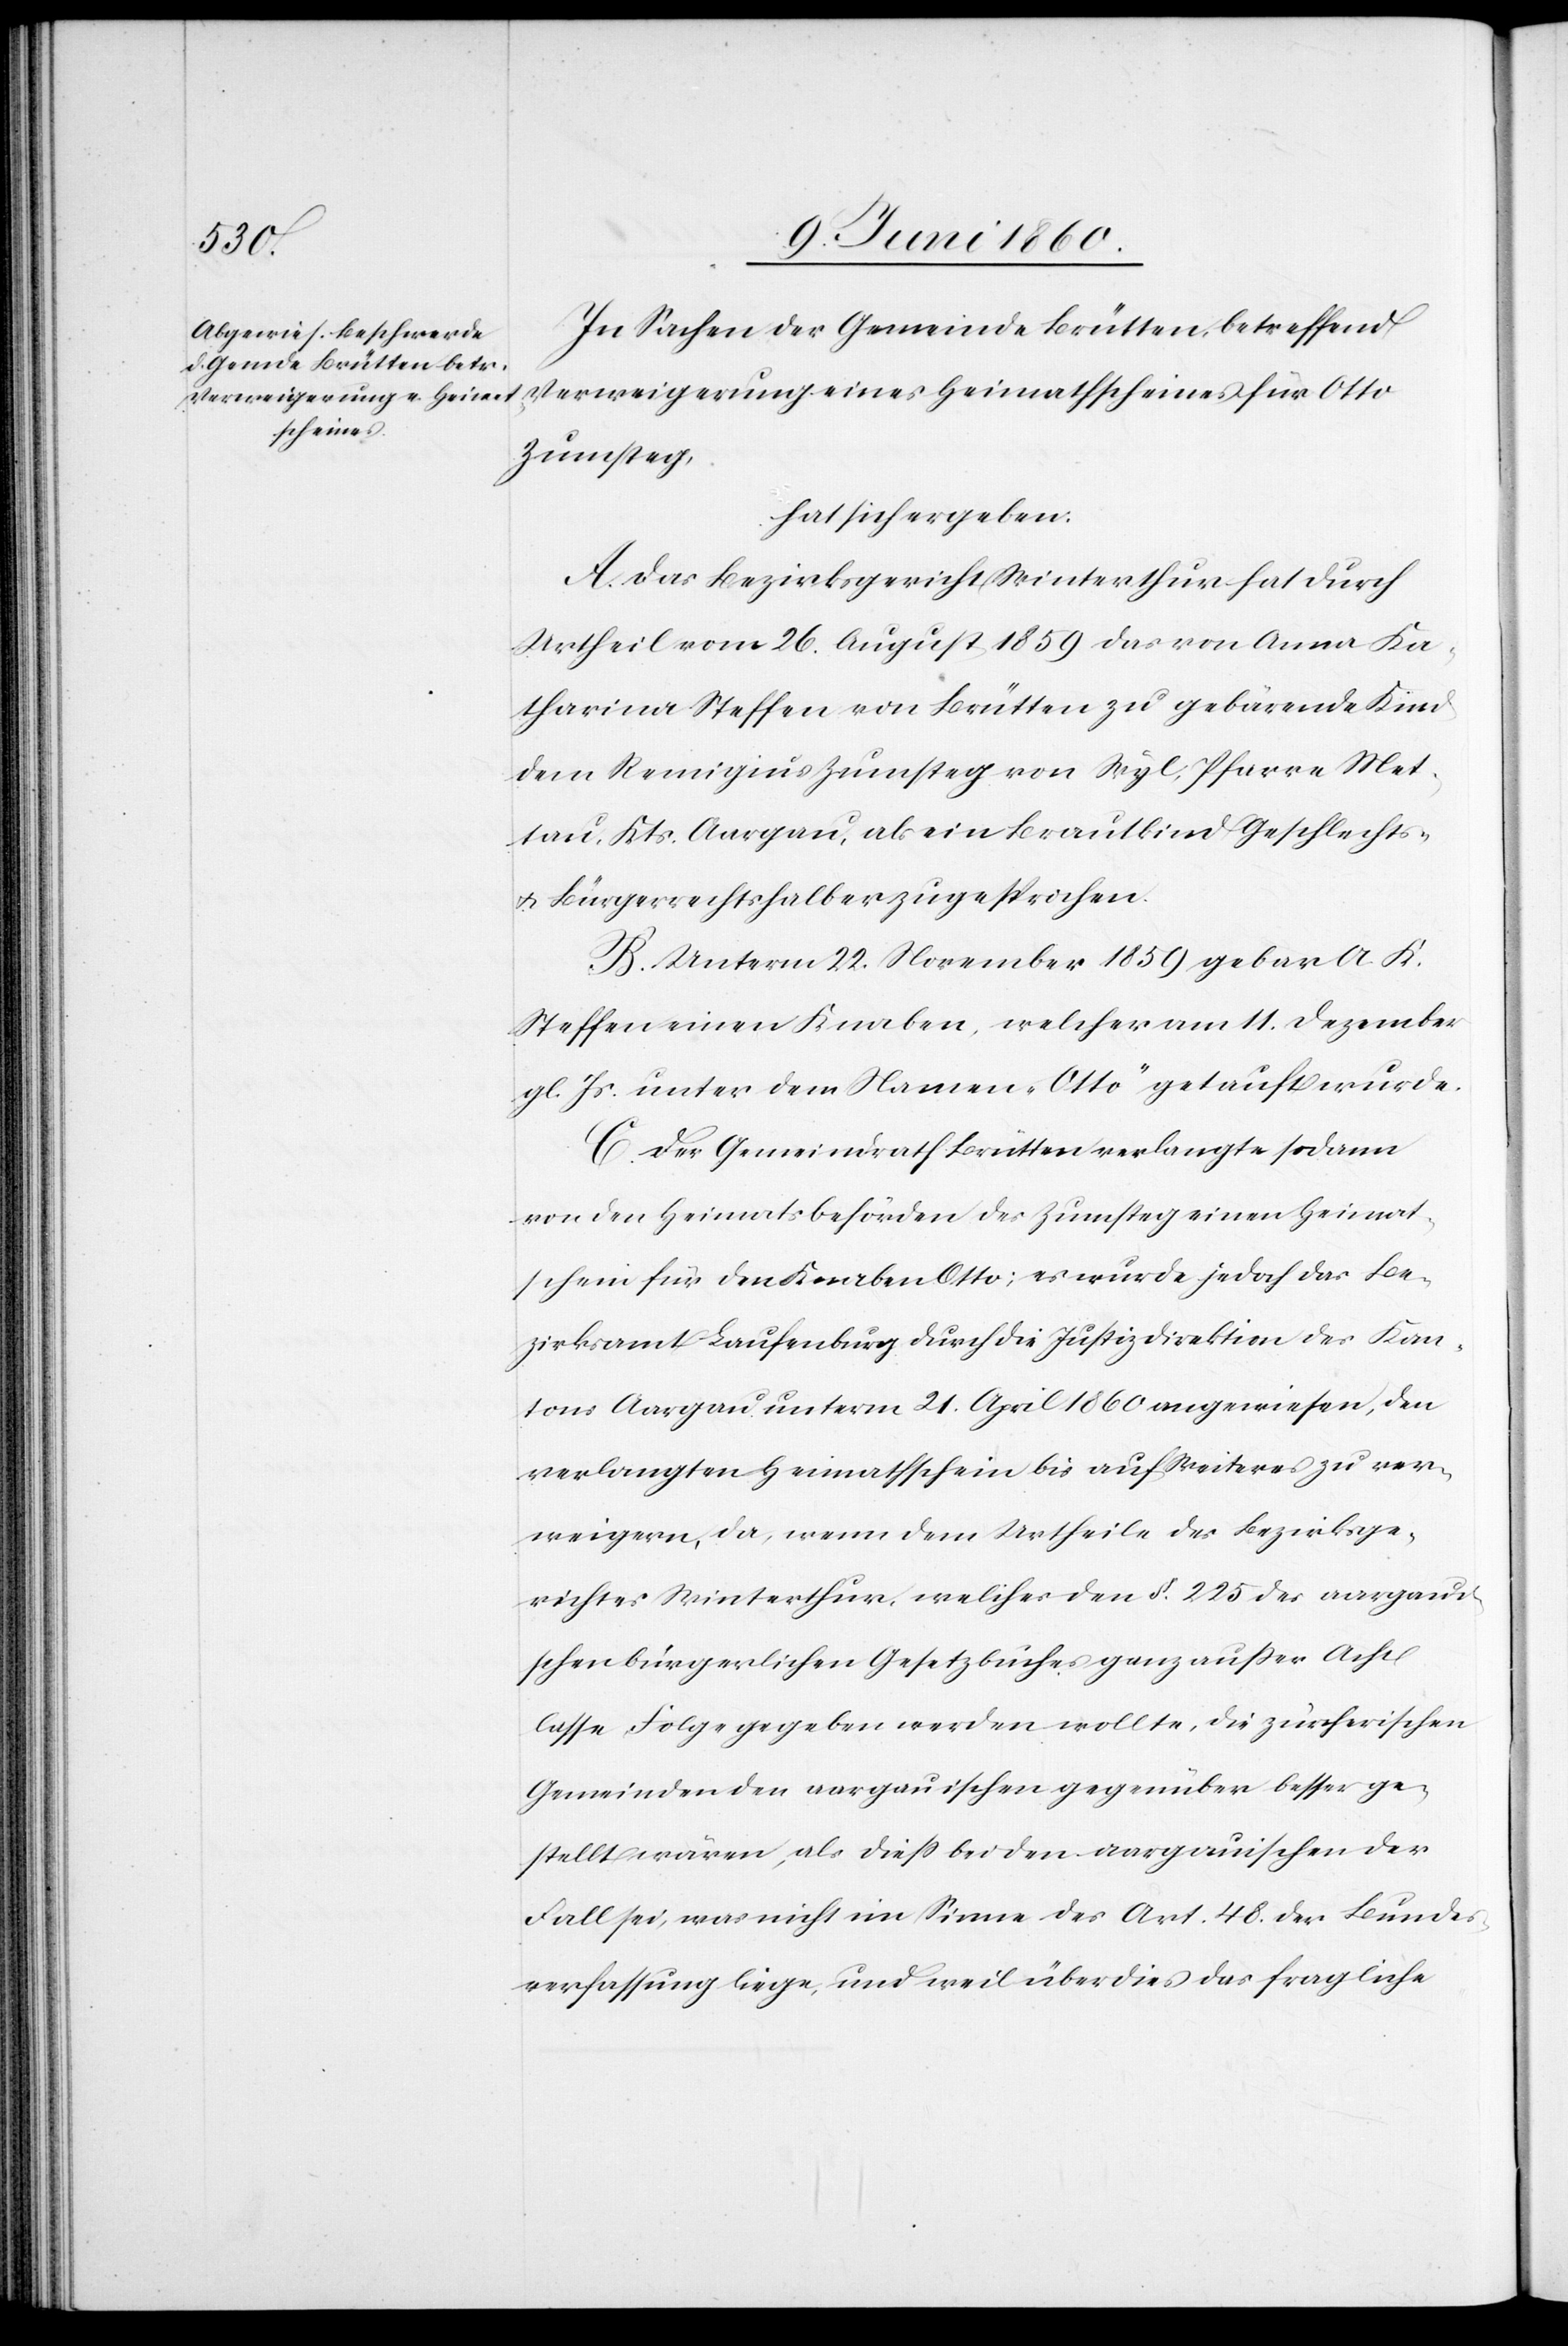
In Sachen der Gemeinde Brütten, betreffend
Verweigerung eines Heimathscheines für Otto
Zumsteg,
hat sich ergeben:
A. Das Bezirksgericht Winterthur hat durch
Urtheil vom 26. August 1859 das von Anna Ka¬
tharina Steffen von Brütten zu gebärende Kind
dem Remigius Zumsteg von Wyl, Pfarre Met¬
tau, Kts. Aargau, als ein Brautkind Geschlechts-
u. Bürgerrechtshalber zugesprochen.
B. Unterm 22. November 1859 gebar A. K.
Steffen einen Knaben, welcher am 11. Dezember
gl. Js., unter dem Namen „Otto“ getauft wurde.
C. Der Gemeindrath Brütten verlangte sodann
von den Heimatsbehörden des Zumsteg einen Heimat¬
schein für den Knaben Otto; es wurde jedoch das Be¬
zirksamt Laufenburg durch die Justizdirektion des Kan¬
tons Aargau unterm 21. April 1860 ausgewiesen, den
verlangten Heimatschein bis auf Weiteres zu ver¬
weigern, da, wenn dem Urtheile des Bezirksge¬
richtes Winterthur, welches den §. 225 des aargaui¬
schen bürgerlichen Gesetzbuches ganz ausser Acht
lasse, Folge gegeben werden wollte, die zürcherischen
Gemeinden den aargauischen gegenüber besser ge¬
stellt wären, als diess bei den aargauischen der
Fall sei, was nicht im Sinne des Art. 48. der Bundes¬
verfassung liege, und weil über dies das fragliche